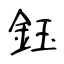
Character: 鈺